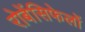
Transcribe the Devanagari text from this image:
रोबेंसिफेलों